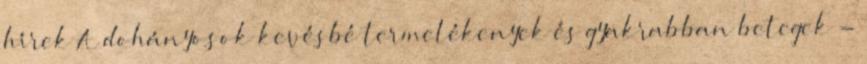
hírek A dohányosok kevésbé termelékenyek és gyakrabban betegek -